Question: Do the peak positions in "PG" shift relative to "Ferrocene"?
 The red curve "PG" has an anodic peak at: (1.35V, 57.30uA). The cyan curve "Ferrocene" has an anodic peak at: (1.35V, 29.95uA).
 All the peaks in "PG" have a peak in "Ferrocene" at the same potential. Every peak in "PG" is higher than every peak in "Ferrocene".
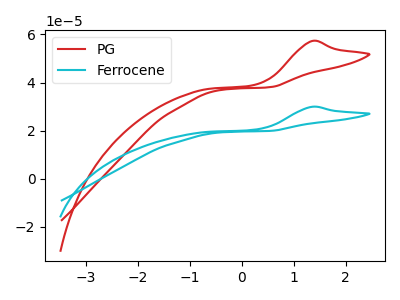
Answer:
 <answer>No, "PG" and "Ferrocene" don't appear to be significantly different in shape</answer>
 <eval>no_change</eval>